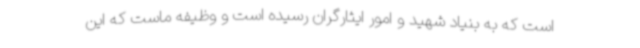
است که به بنیاد شهید و امور ایثارگران رسیده است و وظیفه ماست که این